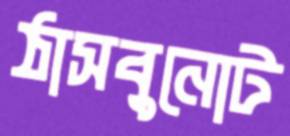
ঠাসবুনোট